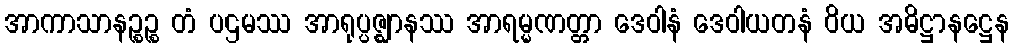
အာကာသာနဉ္စဉ္စ တံ ပဌမဿ အာရုပ္ပဇ္ဈာနဿ အာရမ္မဏတ္တာ ဒေဝါနံ ဒေဝါယတနံ ဝိယ အဓိဋ္ဌာနဋ္ဌေန